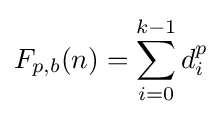
F_{p,b}(n)=\sum _{i=0}^{k-1}d_{i}^{p}